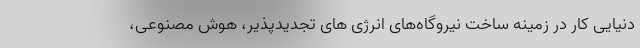
دنیایی کار در زمینه ساخت نیروگاه‌های انرژی های تجدیدپذیر، هوش مصنوعی،